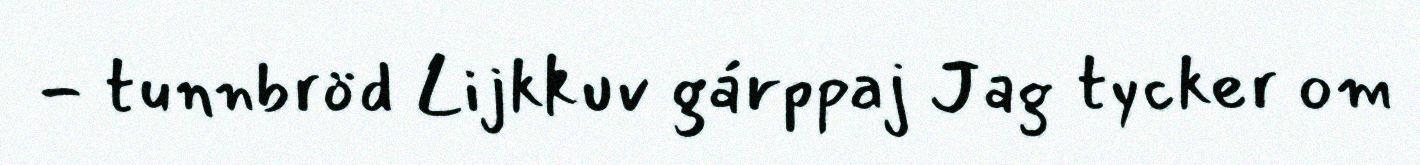
- tunnbröd Lijkkuv gárppaj Jag tycker om